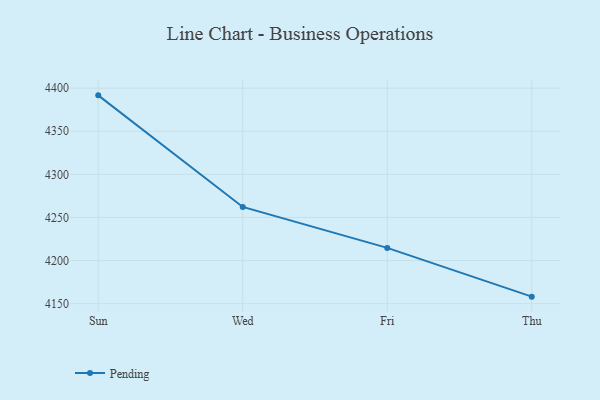
{"axis": {"x": "Day", "y": "Energy Usage (MWh)"}, "legend": ["Pending"], "data": [{"x": "Sun", "y": 4391.7, "type": "Pending"}, {"x": "Wed", "y": 4262.2, "type": "Pending"}, {"x": "Fri", "y": 4214.7, "type": "Pending"}, {"x": "Thu", "y": 4158.1, "type": "Pending"}]}